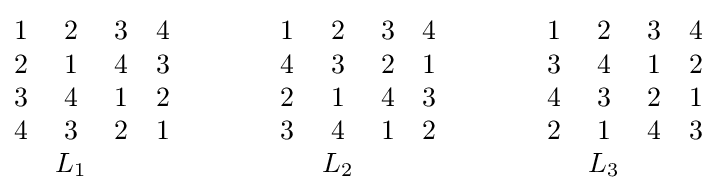
{\begin{matrix}1&2&3&4\\2&1&4&3\\3&4&1&2\\4&3&2&1\\&L_{1}&&\end{matrix}}\qquad \qquad {\begin{matrix}1&2&3&4\\4&3&2&1\\2&1&4&3\\3&4&1&2\\&L_{2}&&\end{matrix}}\qquad \qquad {\begin{matrix}1&2&3&4\\3&4&1&2\\4&3&2&1\\2&1&4&3\\&L_{3}&&\end{matrix}}